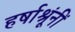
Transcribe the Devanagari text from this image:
हर्षाश्रूंनीं